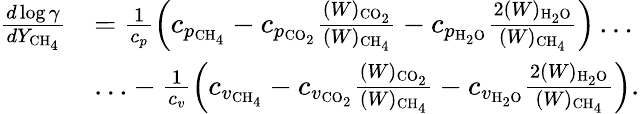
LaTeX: \begin{array}{rl}{\frac{d\log\gamma}{dY_{\mathrm{CH}_{4}}}}&{=\frac{1}{c_{p}}\left(c_{p_{\mathrm{CH}_{4}}}-c_{p_{{\mathrm{CO}_{2}}}}\frac{(W)_{{\mathrm{CO}_{2}}}}{(W)_{\mathrm{CH}_{4}}}-c_{p_{\mathrm{H}_{2}\mathrm{O}}}\frac{2(W)_{\mathrm{H}_{2}\mathrm{O}}}{(W)_{\mathrm{CH}_{4}}}\right)\ldots}\\ &{\ldots-\frac{1}{c_{v}}\left(c_{v_{\mathrm{CH}_{4}}}-c_{v_{{\mathrm{CO}_{2}}}}\frac{(W)_{{\mathrm{CO}_{2}}}}{(W)_{\mathrm{CH}_{4}}}-c_{v_{\mathrm{H}_{2}\mathrm{O}}}\frac{2(W)_{\mathrm{H}_{2}\mathrm{O}}}{(W)_{\mathrm{CH}_{4}}}\right).}\end{array}